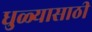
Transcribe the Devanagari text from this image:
धुळ्यासाठी